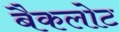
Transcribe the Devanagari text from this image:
बैकलोट